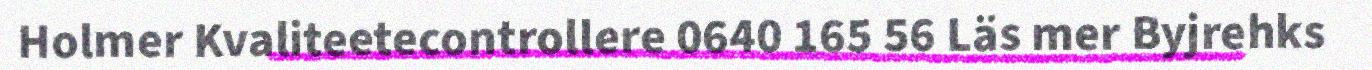
Holmer Kvaliteetecontrollere 0640 165 56 Läs mer Byjrehks